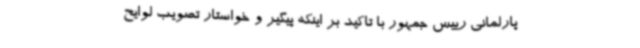
پارلمانی رییس جمهور با تاکید بر اینکه پیگیر و خواستار تصویب لوایح